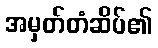
အမှတ်တံဆိပ်၏